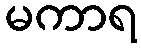
မကာရ